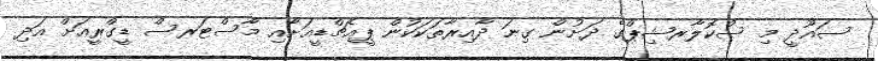
ސައޫދީ މި ސްކޮލާރޝިޕްގެ ދަށުން ގިނަ ދާއިރާތަކަކުން ޕީއެޗްޑީއަށާއި މާސްޓަރސް ޑީގްރީއަށް އަދި